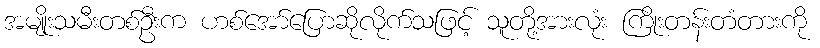
အမျိုးသမီးတစ်ဦးက ဟစ်အော်ပြောဆိုလိုက်သဖြင့် သူတို့အားလုံး ကြိုးတန်းတံတားကို